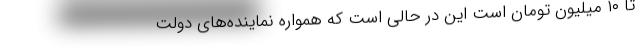
تا ۱۰ ميليون تومان است اين در حالي است كه همواره نماينده‌هاي دولت